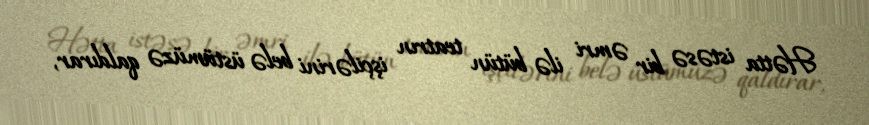
Hətta istəsə bir əmri ilə bütün teatrın işçilərini belə üstümüzə qaldırar,